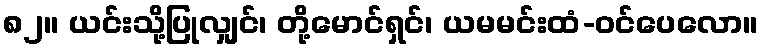
၈၂။ ယင်းသို့ပြုလျှင်၊ တို့မောင်ရှင်၊ ယမမင်းထံ-ဝင်ပေလော။